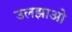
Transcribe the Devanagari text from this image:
उलझाओ